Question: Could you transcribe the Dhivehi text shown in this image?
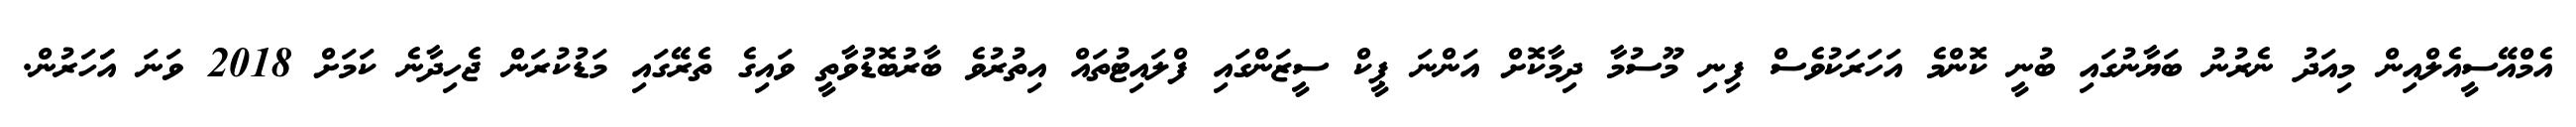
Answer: އެމްއޭސީއެލްއިން މިއަދު ނެރުނު ބަޔާނުގައި ބުނީ ކޮންމެ އަހަރަކުވެސް ފިނި މޫސުމާ ދިމާކޮށް އަންނަ ޕީކް ސީޒަންގައި ފްލައިޓުތައް އިތުރުވެ ބާރުބޮޑުވާތީ ވައިގެ ތެރޭގައި މަޑުކުރަން ޖެހިދާނެ ކަމަށް 2018 ވަނަ އަަހަރުން.